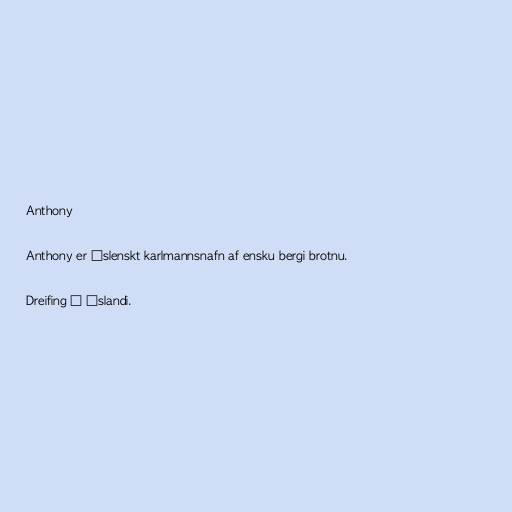
Anthony

Anthony er íslenskt karlmannsnafn af ensku bergi brotnu.

Dreifing á Íslandi.